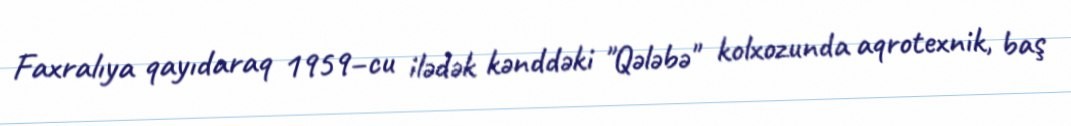
Faxralıya qayıdaraq 1959–cu ilədək kənddəki "Qələbə" kolxozunda aqrotexnik, baş